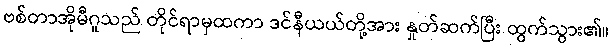
ဗစ်တာအိုမီဂူသည် တိုင်ရာမှထကာ ဒင်နီယယ်တို့အား နှုတ်ဆက်ပြီး ထွက်သွား၏။